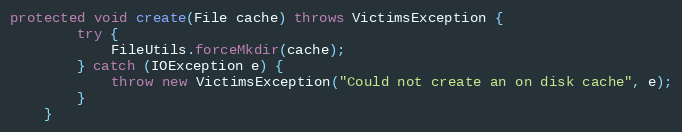
Language: Java
protected void create(File cache) throws VictimsException {
        try {
            FileUtils.forceMkdir(cache);
        } catch (IOException e) {
            throw new VictimsException("Could not create an on disk cache", e);
        }
    }